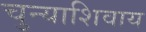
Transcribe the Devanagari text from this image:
चुन्याशिवाय